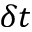
\delta t